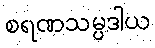
စရဏသမ္ပဒါယ